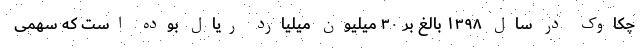
چکاوک در سال ۱۳۹۸ بالغ بر ۳۰ میلیون میلیارد ریال بوده است که سهمی